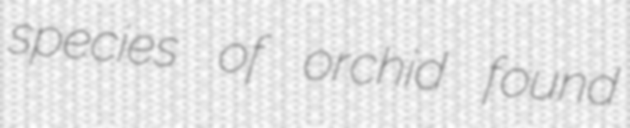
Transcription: species of orchid found